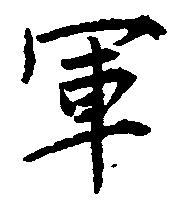
軍